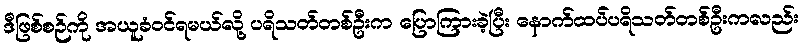
ဒီဖြစ်စဉ်ကို အယူခံဝင်ရမယ်လို့ ပရိသတ်တစ်ဦးက ပြောကြားခဲ့ပြီး နောက်ထပ်ပရိသတ်တစ်ဦးကလည်း